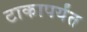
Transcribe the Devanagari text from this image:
टाकापर्यंत